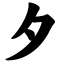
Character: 夕